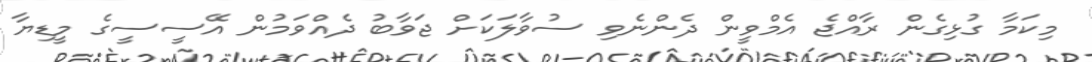
މިކަމާ ގުޅިގެން ރާއްޖެ އެމްވީން ދެންނެވި ސުވާލަކަށް ޖަވާބު ދެއްވަމުން އޭސީސީގެ މީޑިޔާ